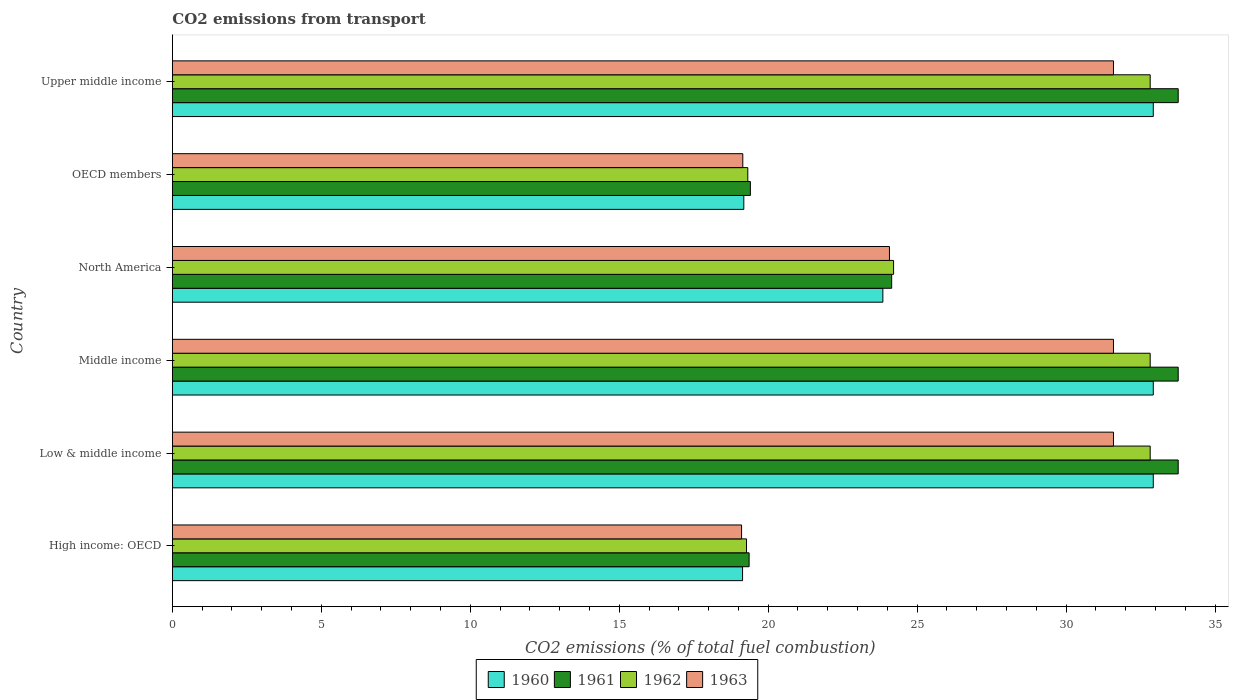
| Country | 1960 | 1961 | 1962 | 1963 |
 | --- | --- | --- | --- | --- |
 | High income: OECD | 19.1 | 19.4 | 19.3 | 19.1 |
 | Low & middle income | 32.9 | 33.8 | 32.8 | 31.6 |
 | Middle income | 32.9 | 33.8 | 32.8 | 31.6 |
 | North America | 23.9 | 24.1 | 24.2 | 24.1 |
 | OECD members | 19.2 | 19.4 | 19.3 | 19.1 |
 | Upper middle income | 32.9 | 33.8 | 32.8 | 31.6 |